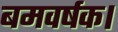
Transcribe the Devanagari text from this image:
बमवर्षक।